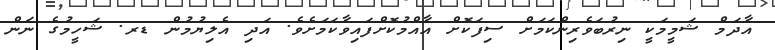
އާދަމް ޝަމީމަކީ ނިރުބަވެރިންކަމަށް ސިފަކޮށް އާއްމުކޮށްފައިވާކަމަށެވެ. އަދި އެލިޔުމުން ޑރ. ޝަހީމުގެ ނަން